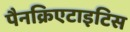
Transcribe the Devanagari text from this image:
पैनक्रिएटाइटिस